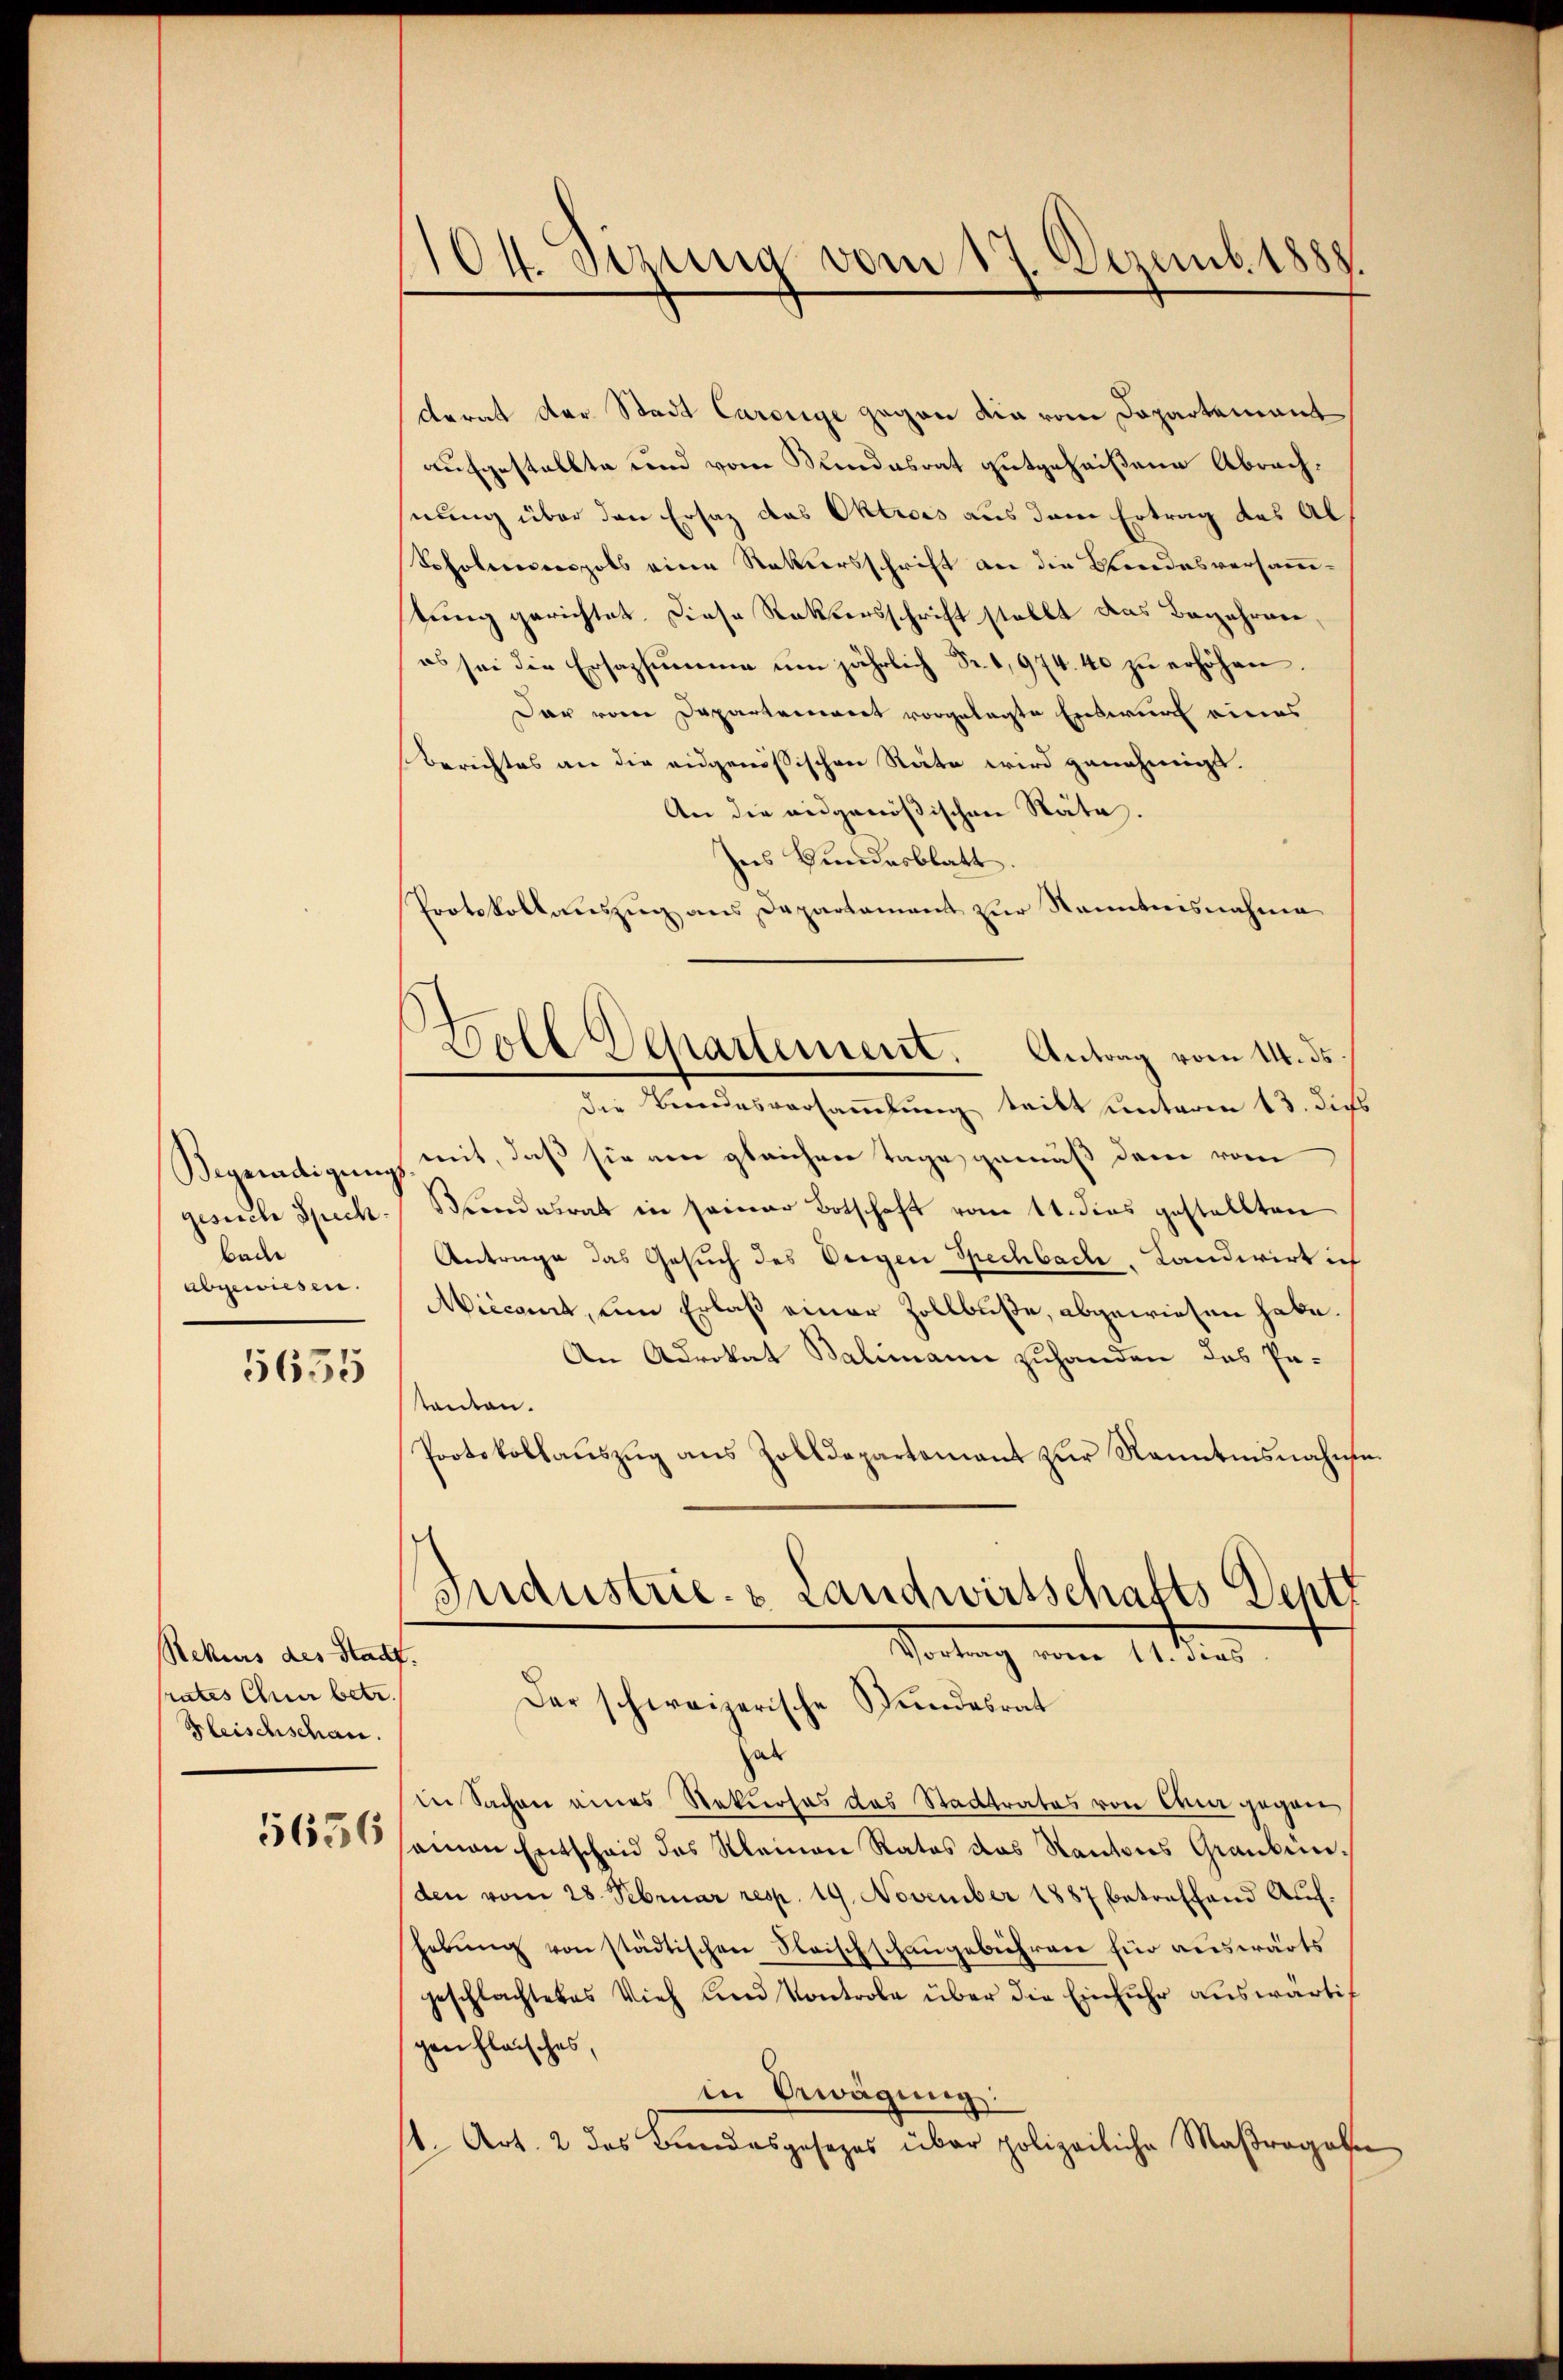
Begnadigung
gesuche Spech.
bade
abgewiesen.

5655

Rekurs des Stadt.
prates Chur betr
Bleischschau.

104. Sizung vom 17. Dezemb. 1888

oll Departement. Antrag vom 14. ds.

derat der Stadt Carolige gegen die vom Departement
aufgestellte und vom Sundesrat gutgeheißene Abrechnung über den Ersatz das Oktrois aus dem Ertrag des Al
Soholeranspolb eine Rekursschrift an die Brandesversammstung gerichtet. Diese Raktersschrift stellt das Begehren,
es sei die Ersazsumme ŭm jährlich Fr. 1974. 40 zŭ erhöhen.
dar vom Departement vorgelegte Entwurf eines
Berichtes an die eidgenössischen Räte wird genehmigt.
An die eidgenößischen Räte.
ses Bundesblatt
Protokollauszug aus Departament zur Kenntnisnahme
die Beendesversammlung tritt unterm 13. dies
mit, daß sie am gleichen Tage gemäß dem vom
Kundesrat in seiner Botschaft vom 14. dies gestellten
Antrage das Gesuch des Vergen Spechbach, Candwirt ich
Miccant, um Erlaß einer Zollbuße, abgewiesen habe.
An Advokat Balimann zuhanden das Patanton.
Protokollaŭszŭg ans Zolldepartamant zŭr Kanntensnahme.
Industrie- & Landwirtschafts Deptt
Vortrag vom 11. dies
Der schweizerische Stundesrat
hat
in Sachen eines Rekurses das Stadtrates von Chur gegner
355 seinen Entschaid des Kleinen Rates das Kantons Graubünden vom 28. Februar resp. 19. November 1887 betreffend Auf-
herung von städtischen Steischschangebühren für auswärts
geschlachtetes Vieh und Kontrole über die Einfuhr auswärtig
gen fleisches,
in Erwägung:
s. Art. 2 das Bundesgesezes über polizeiliche Maßregeln